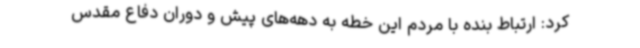
کرد: ارتباط بنده با مردم این خطه به دهه‌های پیش و دوران دفاع مقدس